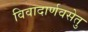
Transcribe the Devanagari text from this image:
विवादार्णवसेतु